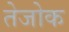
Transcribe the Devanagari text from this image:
तेजोक